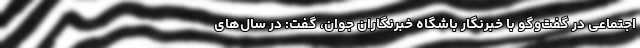
اجتماعی در گفت‌وگو با خبرنگار باشگاه خبرنگاران جوان، گفت: در سال‌های